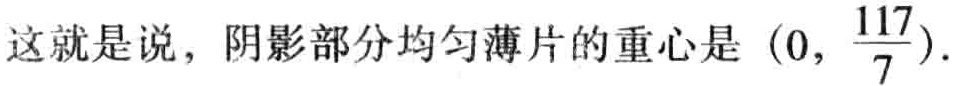
这就是说，阴影部分均匀薄片的重心是\((0, \frac{117}{7})\).